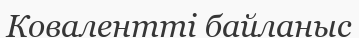
Ковалентті байланыс